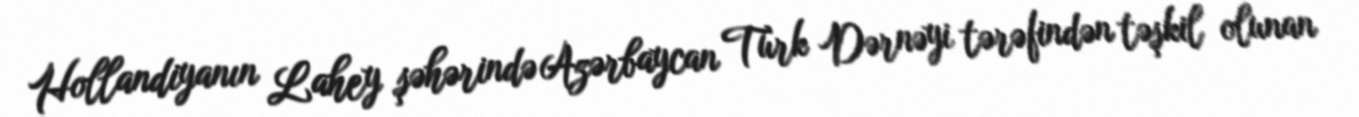
Hollandiyanın Lahey şəhərində Azərbaycan Türk Dərnəyi tərəfindən təşkil olunan